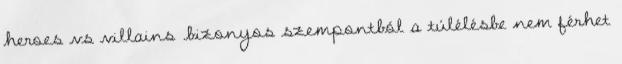
heroes vs villains .bizonyos szempontból a túlélésbe nem férhet